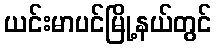
ယင်းမာပင်မြို့နယ်တွင်